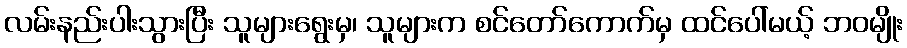
လမ်းနည်းပါးသွားပြီး သူများရွေးမှ၊ သူများက စင်တော်ကောက်မှ ထင်ပေါ်မယ့် ဘဝမျိုး